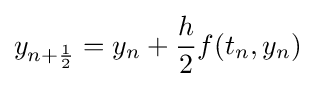
y_{n+{\frac {1}{2}}}=y_{n}+{\frac {h}{2}}f(t_{n},y_{n})